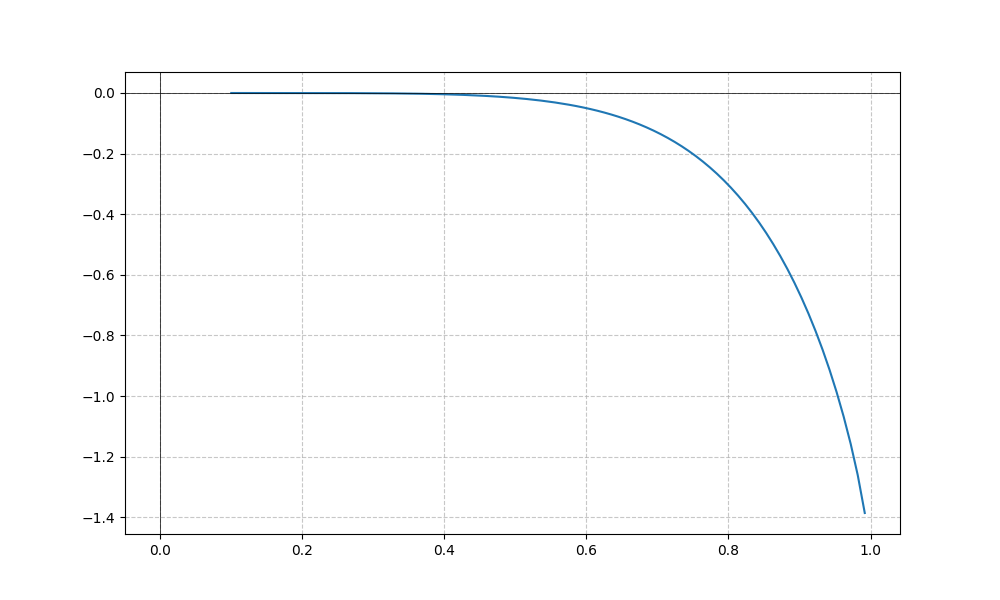
LaTeX formula: - x^{5} \operatorname{asin}{\left(x \right)}